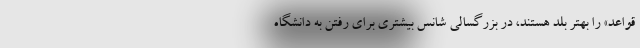
قواعد» را بهتر بلد هستند، در بزرگسالی شانس بیشتری برای رفتن به دانشگاه